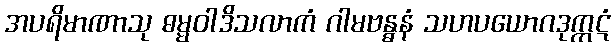
အပရိမာဏာသု ဓမ္မဝါဒိသလာကံ ဂါမဗန္ဓနံ သဟပယောဂဒုက္ကဋံ